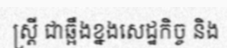
ស្ត្រី ជាឆ្អឹងខ្នងសេដ្ឋកិច្ច និង